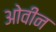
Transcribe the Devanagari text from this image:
ओवीन